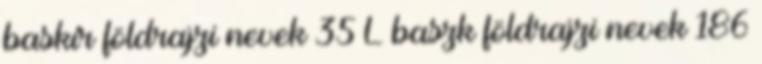
baskír földrajzi nevek‎ 35 L baszk földrajzi nevek‎ 186